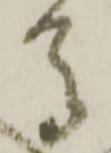
馬